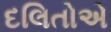
દલિતોએ